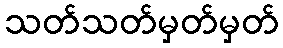
သတ်သတ်မှတ်မှတ်